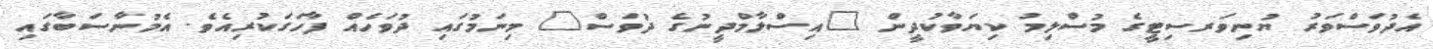
އެދުވަސްވަރު ޔުނިވަރސިޓީގެ މުސްލިމު ކިޔަވާކުދީން "އިސްލާމްދީނުގެ ދުވަސް" މިނަމުގައި ދުވަހެއް ފާހަގަކުރިއެވެ. އެމުނާސަބާގައި